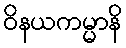
ဝိနယကမ္မာနိ